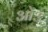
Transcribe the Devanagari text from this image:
ओ३